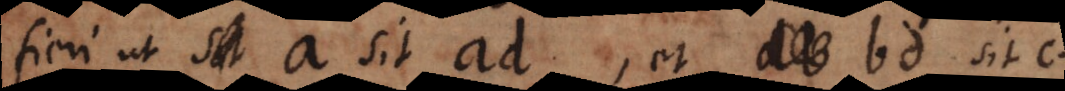
fieri ut a sit ad, et bd sit c.